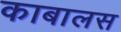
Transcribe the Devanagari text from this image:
काबालस